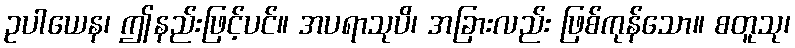
ဥပါယေန၊ ဤနည်းဖြင့်ပင်။ အပရာသုပိ၊ အခြားလည်း ဖြစ်ကုန်သော။ စတူသု၊